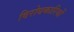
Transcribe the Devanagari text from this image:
विरोधकारियों